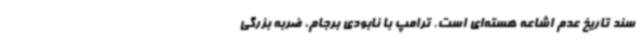
سند تاریخ عدم اشاعه هسته‌ای است. ترامپ با نابودی برجام، ضربه بزرگی